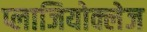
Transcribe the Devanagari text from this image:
प्लाजियोक्लेज